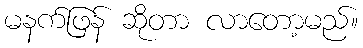
မနက်ဖြန် ဆိုတာ လာတော့မည်။